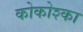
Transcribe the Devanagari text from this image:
कोकोश्का